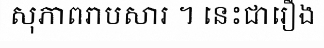
សុភាពរាបសារ ។ នេះជារឿង